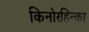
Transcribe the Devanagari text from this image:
किनोरहिन्का